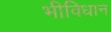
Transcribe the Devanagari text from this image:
भीविधान